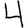
Digit: 4